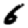
Digit: 6